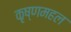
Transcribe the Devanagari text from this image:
कृष्णमहल